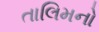
તાલિમનો